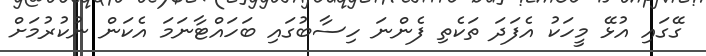
ގޭގައި އުޅޭ މީހަކު އެފަދަ ތަކެތި ފެންނަ ހިސާބުގައި ބަހައްޓާނަމަ އެކަން ނުކުރުމަށް